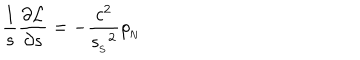
{ \frac { 1 } { s } } { \frac { \partial { \cal L } } { \partial s } } = - { \frac { c ^ { 2 } } { { s _ { _ \mathrm { S } } } ^ { 2 } } } { \rho _ { _ \mathrm { N } } }